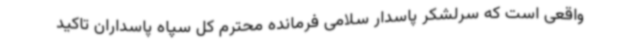
واقعی است که سرلشکر پاسدار سلامی فرمانده محترم کل سپاه پاسداران تاکید